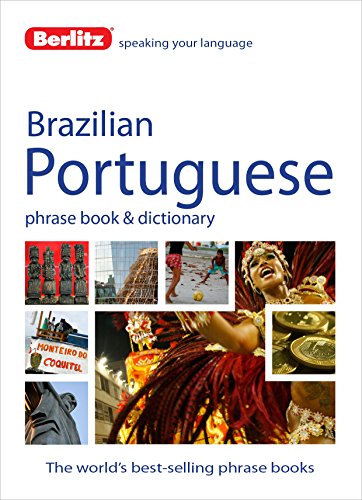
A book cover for Berlitz Brazilian Portuguese Phrase Book & Dictionary; Berlitz Publishing; Travel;